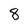
Character: 8